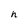
Character: h